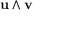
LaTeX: \mathbf { u } \wedge \mathbf { v }